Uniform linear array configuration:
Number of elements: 16
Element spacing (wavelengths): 0.25
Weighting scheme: hann
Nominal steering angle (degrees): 45
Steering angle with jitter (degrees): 46.595
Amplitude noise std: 0.05
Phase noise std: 0.05

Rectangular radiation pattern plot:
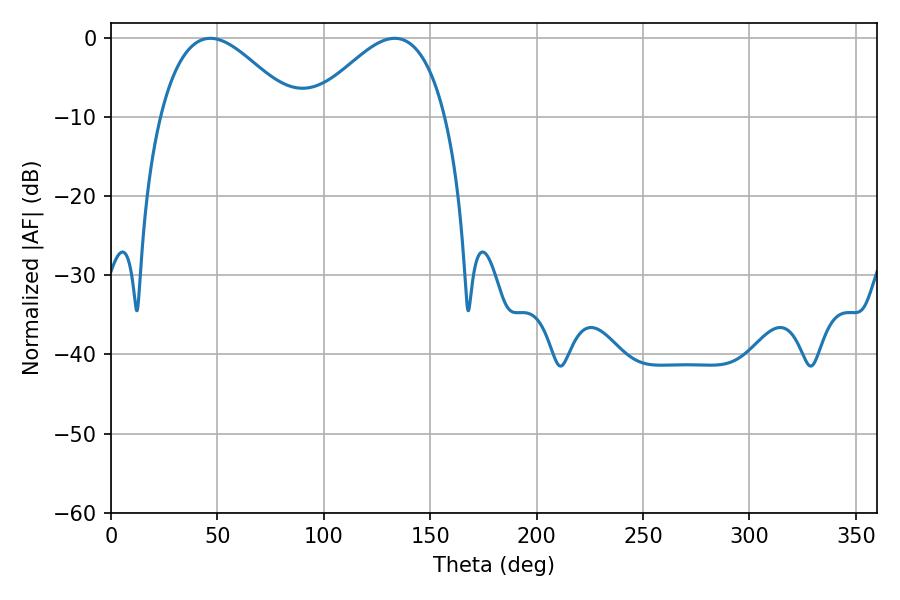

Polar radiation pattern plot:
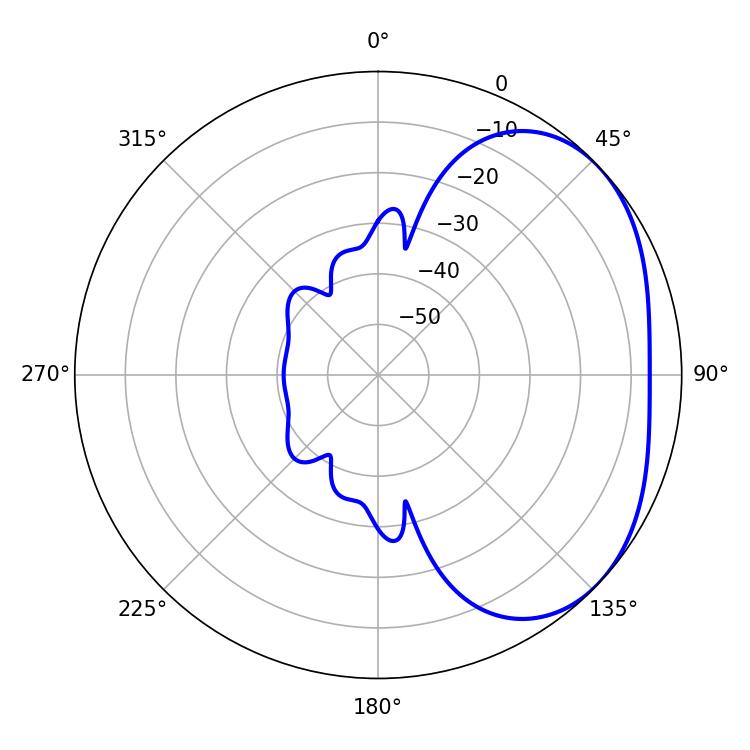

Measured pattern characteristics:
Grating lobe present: FALSE
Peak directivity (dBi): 2.953
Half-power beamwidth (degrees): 34.2
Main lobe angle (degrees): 46.62